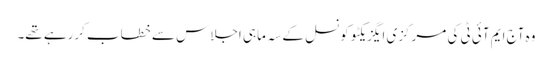
وہ آج ایم آئی ٹی کی مرکزی ایگزیکٹو کونسل کے سہ ماہی اجلاس سے خطاب کررہے تھے۔